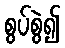
စွပ်စွဲ၍